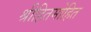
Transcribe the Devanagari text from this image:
श्रीहितमोहित